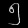
Digit: ၅